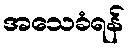
အသေခံရန်